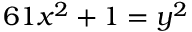
6 1 x ^ { 2 } + 1 = y ^ { 2 }